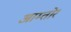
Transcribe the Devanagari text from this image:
आम्तोर